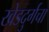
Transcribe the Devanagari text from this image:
खेडदुर्गचा